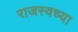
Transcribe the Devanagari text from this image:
राजस्वच्या